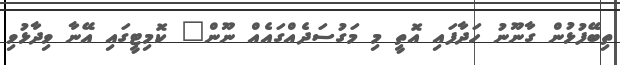
ތިބޭފުޅުން ގާނޫނު ހަދާފައި އޮތީ މި މަގުސަދެއްގައެއް ނޫން" ކޮމިޓީގައި އޭނާ ވިދާޅުވި